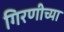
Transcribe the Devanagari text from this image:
गिरणीच्या